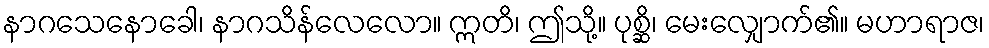
နာဂသေနောခေါ၊ နာဂသိန်လေလော။ ဣတိ၊ ဤသို့။ ပုစ္ဆိ၊ မေးလျှောက်၏။ မဟာရာဇ၊